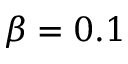
\beta = 0 . 1